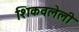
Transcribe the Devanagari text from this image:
शिकवलेली